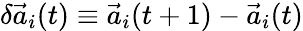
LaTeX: \delta\vec{a}_{i}(t)\equiv\vec{a}_{i}(t+1)-\vec{a}_{i}(t)